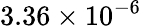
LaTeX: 3.36\times 10^{-6}